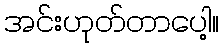
အင်းဟုတ်တာပေါ့။